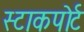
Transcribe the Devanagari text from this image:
स्टाकपोर्ट